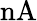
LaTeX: \mathrm{nA}